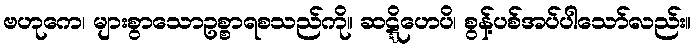
ဗဟုကေ၊ များစွာသောဥစ္စာရစသည်ကို။ ဆဋ္ဋိဟေပိ၊ စွန့်ပစ်အပ်ပါသော်လည်း။